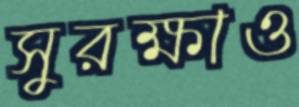
সুরক্ষাও